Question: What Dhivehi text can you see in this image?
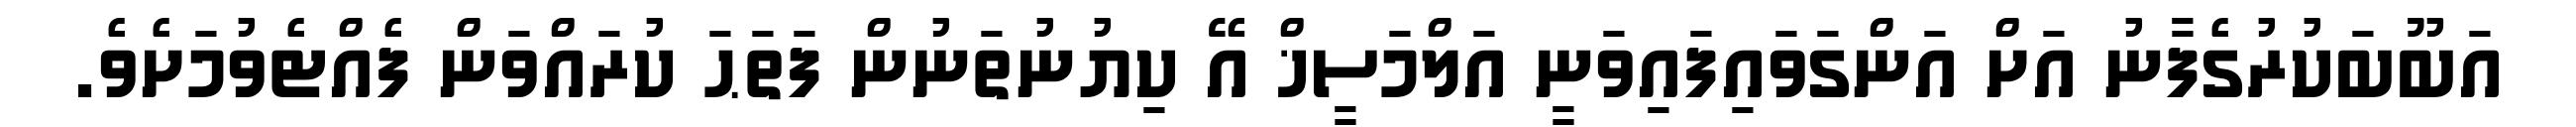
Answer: އަބޫބަކުރުގެފާނު އަށް އަންގަވައިފައިވަނީ އަލްމަސީޚް އޭ ކިޔުނުތަނުން ފަތަޙަ ކުރައްވަން ފެއްޓެވުމަށެވެ.